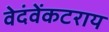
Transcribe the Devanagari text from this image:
वेदंवेंकटराय